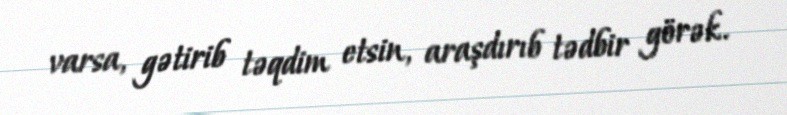
varsa, gətirib təqdim etsin, araşdırıb tədbir görək.